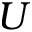
U